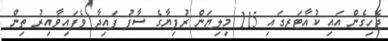
ޖެހިގެން އައި ކުއާޓަރގައި 115 މިލިޔަން ރުފިޔާގެ ސާފު ފައިދާ ވެފައިވާއިރު ތިން